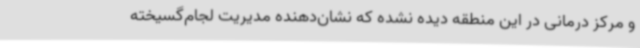
و مرکز درمانی در این منطقه دیده نشده که نشان‌دهنده مدیریت لجام‌گسیخته